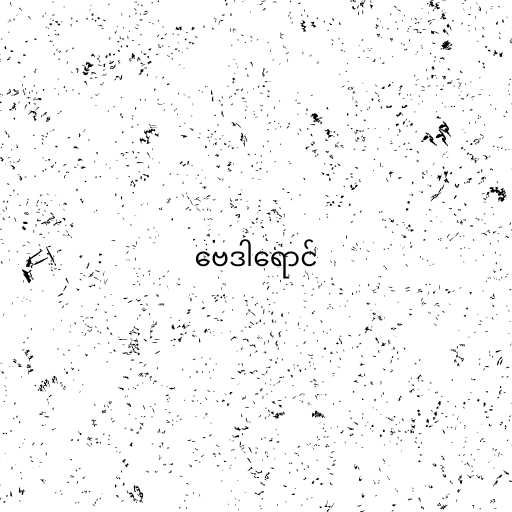
ဗေဒါရောင်